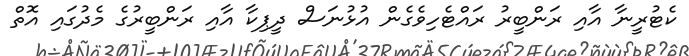
ކެޓުރީނާ އާއި ރަންބީރު ރައްޓެހިވެގެން އުޅުނަސް ދީޕިކާ އާއި ރަންބީރުގެ މެދުގައި އޮތް